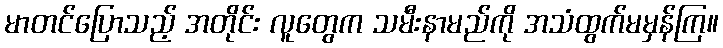
မာတင်ပြောသည့် အတိုင်း လူတွေက သမီးနာမည်ကို အသံထွက်မမှန်ကြ။